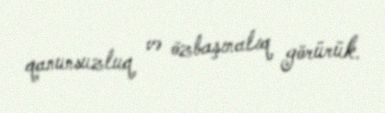
qanunsuzluq və özbaşınalıq görürük.